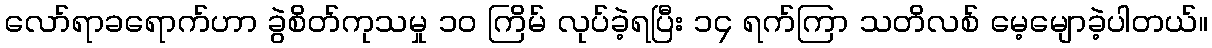
လော်ရာခရောက်ဟာ ခွဲစိတ်ကုသမှု ၁၀ ကြိမ် လုပ်ခဲ့ရပြီး ၁၄ ရက်ကြာ သတိလစ် မေ့မျောခဲ့ပါတယ်။